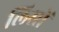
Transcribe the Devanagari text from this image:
लिस्सें